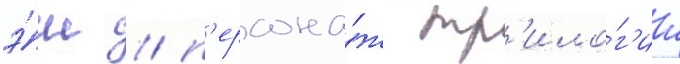
э́ш / п'ерсона́ж тр'ило́г'ии